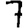
Digit: 7